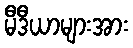
မီဒီယာများအား